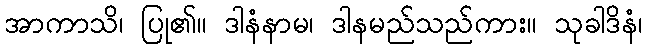
အာကာသိ၊ ပြု၏။ ဒါနံနာမ၊ ဒါနမည်သည်ကား။ သုခါဒိနံ၊